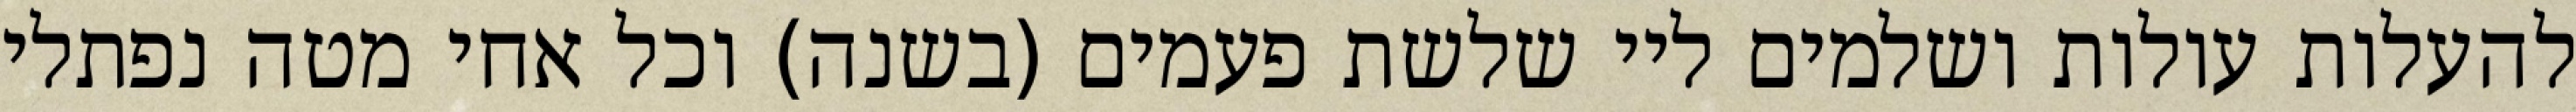
להעלות עולות ושלמים ליי שלשת פעמים (בשנה) וכל אחי מטה נפתלי